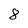
Character: 8